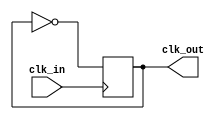
module clocking_verilog(input clk_in, output clk_out);

    wire clk_in;
    reg clk_out;
 
    always @ (posedge clk_in)
        begin
            clk_out <= !clk_out ; 
        end
endmodule